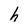
Character: h